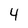
Character: 4